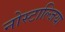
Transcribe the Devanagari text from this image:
नोस्टाल्जिया